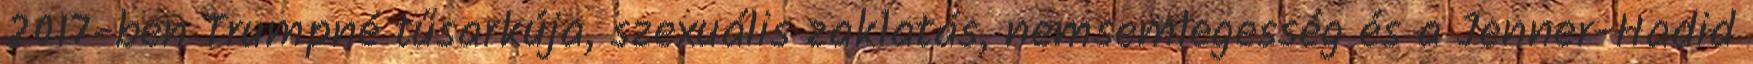
2017-ben Trumpné tűsarkúja, szexuális zaklatás, nemsemlegesség és a Jenner-Hadid